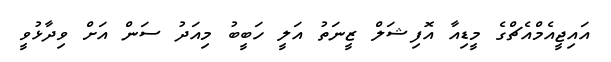
އައިޖީއެމްއެޗްގެ މީޑިއާ އޮފިޝަލް ޒީނަތު އަލީ ހަބީބު މިއަދު ސަން އަށް ވިދާޅުވީ